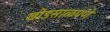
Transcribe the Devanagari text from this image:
खोडसाळपणे